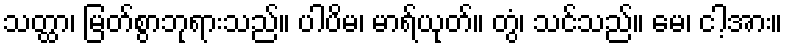
သတ္ထာ၊ မြတ်စွာဘုရားသည်။ ပါပိမ၊ မာရ်ယုတ်။ တွံ၊ သင်သည်။ မေ၊ ငါ့အား။